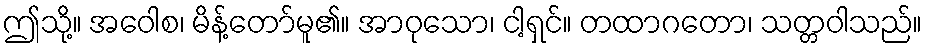
ဤသို့။ အဝေါစ၊ မိန့်တော်မူ၏။ အာဝုသော၊ ငါ့ရှင်။ တထာဂတော၊ သတ္တဝါသည်။